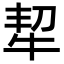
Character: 㸷